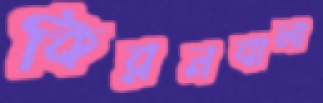
কিরনবালা